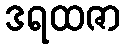
ဒရထဇာ